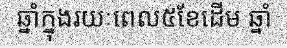
ឆ្នាំក្នុងរយៈពេល៥ខែដើម ឆ្នាំ